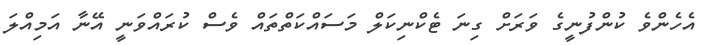
އެހެންވެ ކުންފުނީގެ ވަރަށް ގިނަ ޓެކްނިކަލް މަސައްކަތްތައް ވެސް ކުރައްވަނީ އޭނާ އަމިއްލަ